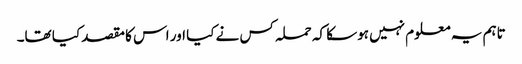
تاہم یہ معلوم نہیں ہوسکا کہ حملہ کس نے کیا اور اس کا مقصد کیا تھا۔